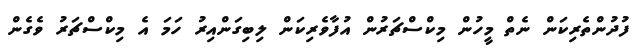
ފުދުންތެރިކަން ނެތް މީހުން މިކްސްޗަރުން އުފާވެރިކަން ލިބިގަންއިރު ހަމަ އެ މިކްސްޗަރު ވެގެން